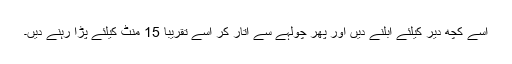
اسے کچھ دیر کیلئے ابلنے دیں اور پھر چولہے سے اتار کر اسے تقریباً 15 منٹ کیلئے پڑا رہنے دیں۔